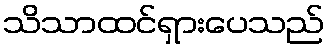
သိသာထင်ရှားပေသည်